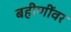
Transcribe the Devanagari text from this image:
बहीणींवर